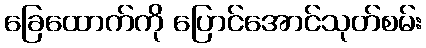
ခြေထောက်ကို ပြောင်အောင်သုတ်စမ်း